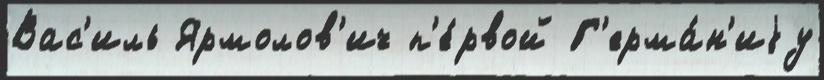
Вас'иль Ярмолов'ич п'е́рвой Г'ерма́н'иjу